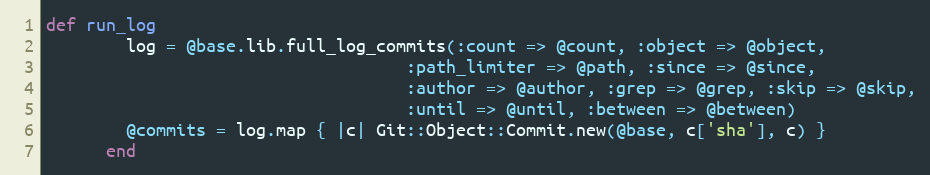
Language: Ruby
def run_log
        log = @base.lib.full_log_commits(:count => @count, :object => @object,
                                    :path_limiter => @path, :since => @since,
                                    :author => @author, :grep => @grep, :skip => @skip,
                                    :until => @until, :between => @between)
        @commits = log.map { |c| Git::Object::Commit.new(@base, c['sha'], c) }
      end